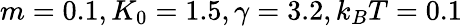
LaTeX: m=0.1,K_{0}=1.5,\gamma=3.2,k_{B}T=0.1